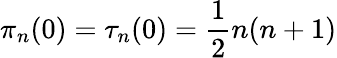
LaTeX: \pi_{n}(0)=\tau_{n}(0)=\frac{1}{2}n(n+1)